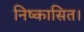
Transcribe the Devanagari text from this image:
निष्कासित।